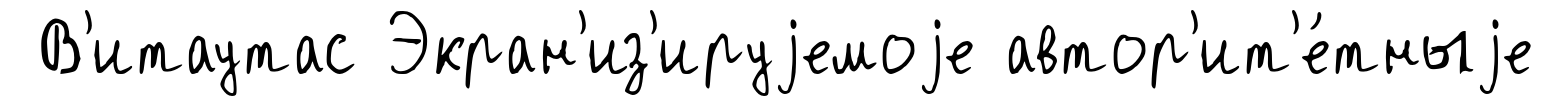
В'итаутас Экран'из'ируjемоjе автор'ит'е́тныjе